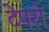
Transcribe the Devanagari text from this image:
टेपरों